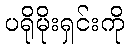
ပရိုမိုးရှင်းကို